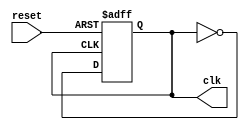
module clock_generation (
    input wire reset,
    output reg clk
);

always @ (posedge reset or negedge clk) begin
    if (reset) begin
        clk <= 1'b0;
    end else begin
        clk <= ~clk;
    end
end

endmodule